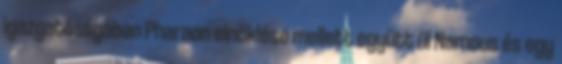
igazgatóságában Pharaon elnöklése mellett együtt ül Namous és egy